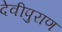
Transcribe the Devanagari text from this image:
देवीपुराण